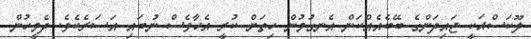
ލޫކަސްއަކީ ޖައިދަންގެ ބޭބެއެއްކަން އެނގުމުން ހިތަށް ކުރީ އެހާވެސް ނުބައި އަސަރެކެވެ. ދެމީހުން